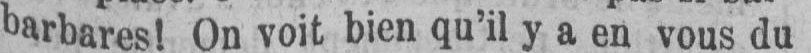
barbares! On voit bien qu’il y a en vous du